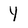
Character: Y